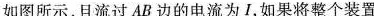
如图所示，且流过AB边的电流为I，如果将整个装置